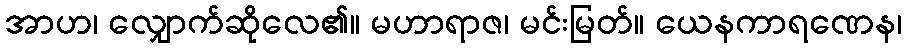
အာဟ၊ လျှောက်ဆိုလေ၏။ မဟာရာဇ၊ မင်းမြတ်။ ယေနကာရဏေန၊